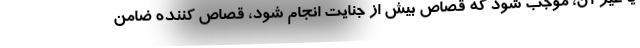
یا غیر آن، موجب شود که قصاص بیش از جنایت انجام شود، قصاص کننده ضامن